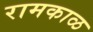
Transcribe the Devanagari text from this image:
रामकाळ